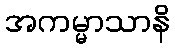
အကမ္မာသာနိ